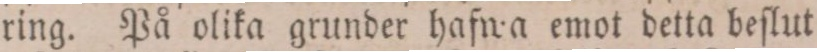
ring. På olika grunder hafwa emot detta beſlut